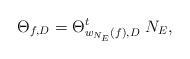
LaTeX: \begin{align*} \Theta_{f,D} = \Theta^{t}_{w_{N_E}(f),D} \; N_E,\end{align*}